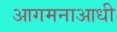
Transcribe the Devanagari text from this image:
आगमनाआधी